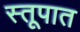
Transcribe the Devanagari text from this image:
स्तूपात